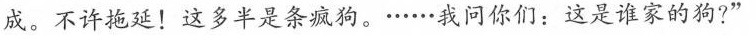
成。不许拖延!这多半是条疯狗。·.····我问你们:这是谁家的狗?”